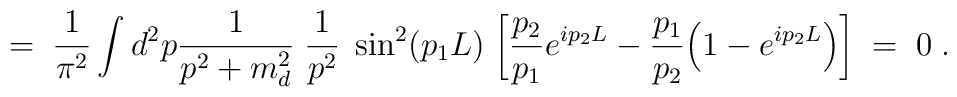
= \; \frac{1}{\pi^2} \int d^2p \frac{1}{p^2 + m_d^2} \; \frac{1}{p^2} \;\sin^2(p_1L) \;\bigg[ \frac{p_2}{p_1}e^{ip_2 L} -\frac{p_1}{p_2}\Big( 1 - e^{ip_2 L}\Big) \bigg] \; = \; 0 \; .